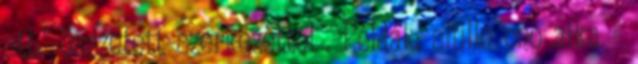
stb.” összetett szerkezettel . Példák: siulle ono aika =